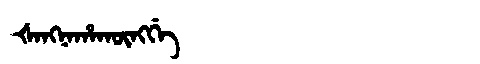
Manchu: ᡧᠠᠩᠨᠠᡥᠠᡴᡡᠩᡤᡝ
Romanization: ŠANGNAHAKŪNGGE